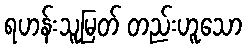
ရဟန်းသူမြတ် တည်းဟူသော